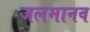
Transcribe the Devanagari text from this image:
जलमानव